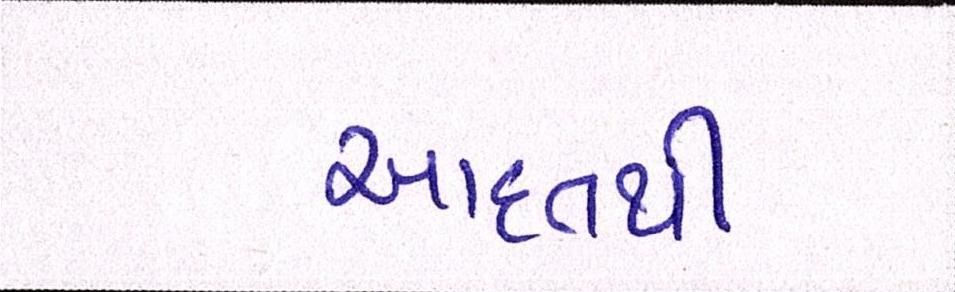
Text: આદતથી